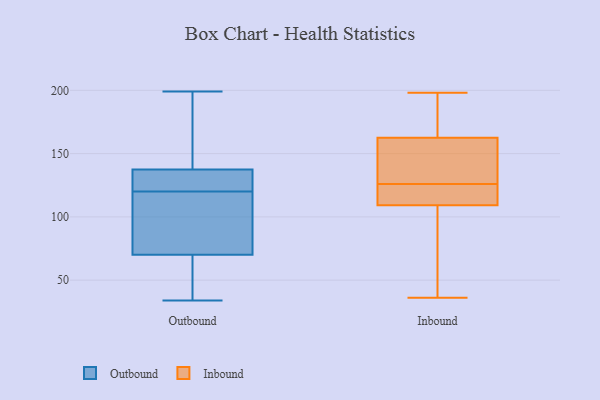
{"axis": {"x": "Tickets Resolved", "y": "Value"}, "legend": ["Inbound", "Outbound"], "data": [{"x": "", "y": 55, "type": "Outbound"}, {"x": "", "y": 184, "type": "Outbound"}, {"x": "", "y": 34, "type": "Outbound"}, {"x": "", "y": 54, "type": "Outbound"}, {"x": "", "y": 199, "type": "Outbound"}, {"x": "", "y": 125, "type": "Outbound"}, {"x": "", "y": 97, "type": "Outbound"}, {"x": "", "y": 77, "type": "Outbound"}, {"x": "", "y": 134, "type": "Outbound"}, {"x": "", "y": 134, "type": "Outbound"}, {"x": "", "y": 75, "type": "Outbound"}, {"x": "", "y": 148, "type": "Outbound"}, {"x": "", "y": 120, "type": "Outbound"}, {"x": "", "y": 161, "type": "Inbound"}, {"x": "", "y": 98, "type": "Inbound"}, {"x": "", "y": 179, "type": "Inbound"}, {"x": "", "y": 153, "type": "Inbound"}, {"x": "", "y": 109, "type": "Inbound"}, {"x": "", "y": 117, "type": "Inbound"}, {"x": "", "y": 198, "type": "Inbound"}, {"x": "", "y": 110, "type": "Inbound"}, {"x": "", "y": 188, "type": "Inbound"}, {"x": "", "y": 36, "type": "Inbound"}, {"x": "", "y": 163, "type": "Inbound"}, {"x": "", "y": 126, "type": "Inbound"}, {"x": "", "y": 160, "type": "Inbound"}, {"x": "", "y": 45, "type": "Inbound"}, {"x": "", "y": 125, "type": "Inbound"}]}